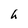
Character: h